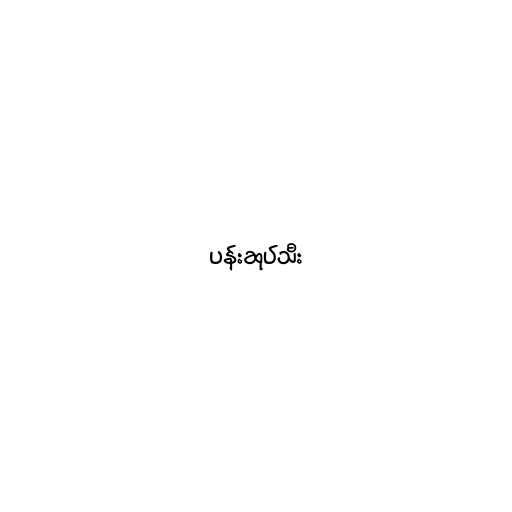
ပန်းဆုပ်သီး